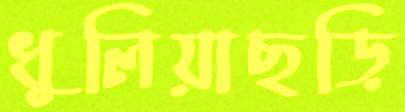
ধুলিয়াছড়ি